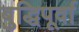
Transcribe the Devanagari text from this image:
बुद्धिपूर्वा